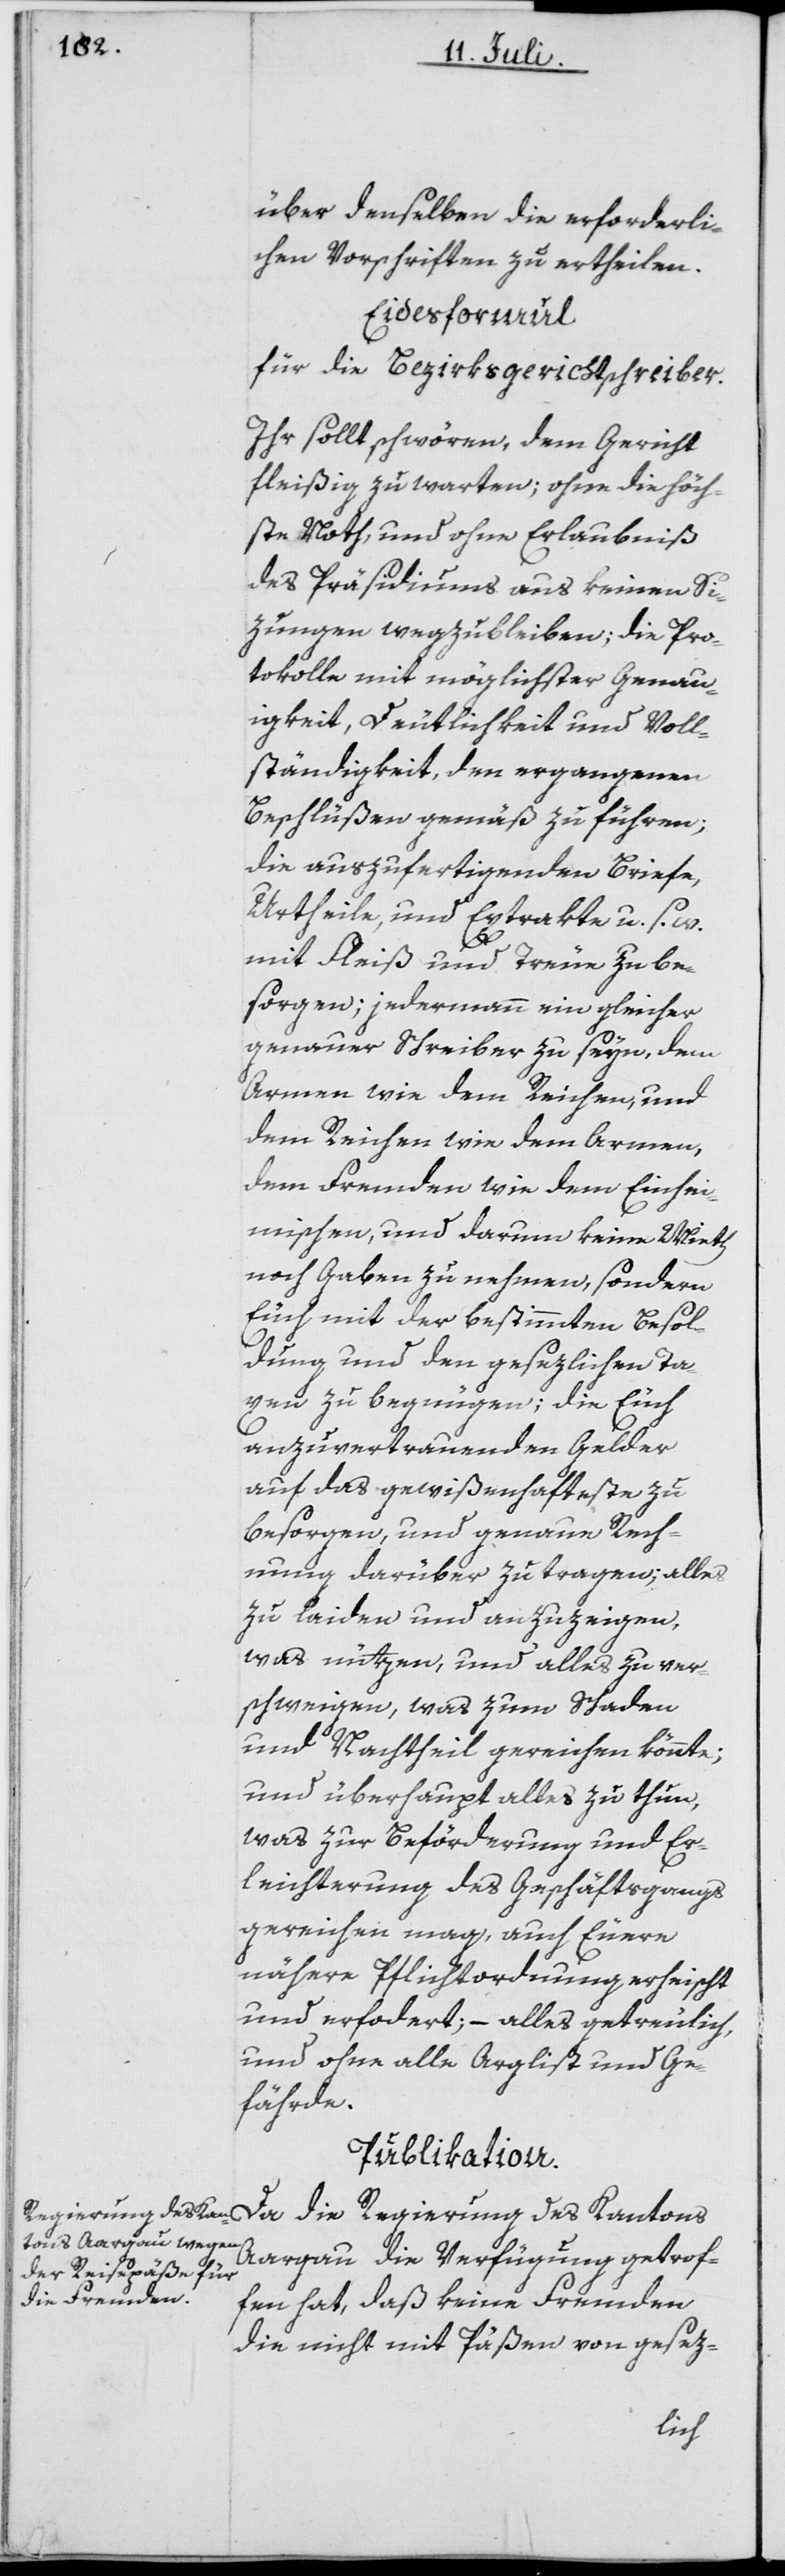
über denselben die erforderli¬
chen Vorschriften zu ertheilen.
Eidesformul
für die Bezirksgerichtschreiber.
Ihr sollt schwören, dem Gericht
fleißig zu warten; ohne die höch¬
ste Noth, und ohne Erlaubniß
des Präsidiums aus keinen Si¬
zungen wegzubleiben; die Pro¬
tokolle mit möglichster Genau¬
igkeit, Deutlichkeit und Voll¬
ständigkeit, den ergangenen
Beschlüßen gemäß zu führen;
die auszufertigenden Briefe,
Urtheile, und Extrakte u. s. w.
mit Fleiß und Treue zu be¬
sorgen; jedermann ein gleicher
genauer Schreiber zu seyn, dem
Armen wie dem Reichen, und
dem Reichen wie dem Armen,
dem Fremden wie dem Einhei¬
mischen, und darum keine Wirth
noch Gaben zu nehmen, sondern
Euch mit der bestimmten Besol¬
dung und den gesezlichen Ta¬
gen zu begnügen; die Euch
anzuvertrauenden Gelder
auf das gewißenhafteste zu
besorgen, und genaue Rech¬
nung darüber zu tragen; alles
zu laiden und anzuzeigen,
was nützen, und alles zu ver¬
schweigen, was zum Schaden
und Nachtheil gereichen könnte;
und überhaupt alles zu thun,
was zur Beförderung und Er¬
leichterung des Geschäftsgangs
gereichen mag, auch Euere
nähere Pflichtordnung erheischt
und erfordert; – alles getreulich,
und ohne alle Arglist und Ge¬
fährde.
Publikation.
Da die Regierung des Kantons
Aargau die Verfügung getrof¬
fen hat, daß keine Fremden
die nicht mit Päßen von gesez-